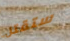
ستقتل